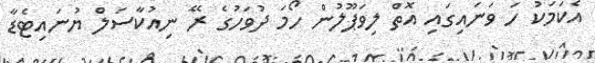
އެކަމަކު ހަ ވަނައިގައި އޮތް ލިވަޕޫލުން ހޯމަ ދުވަހުގެ ރޭ ނިއުކާސަލް ޔުނައިޓެޑާ